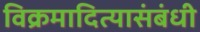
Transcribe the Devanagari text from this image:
विक्रमादित्यासंबंधी